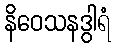
နိဝေသနဒွါရံ